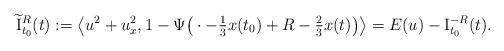
LaTeX: \begin{align*}\widetilde{\mathrm{I}}_{t_0}^R(t):=\left\langle u^2+u_x^2,1-\Psi\big(\cdot-\tfrac{1}{3}x(t_0)+R-\tfrac{2}{3}x(t)\big)\right\rangle=E(u)-\mathrm{I}_{t_0}^{-R}(t).\end{align*}